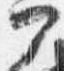
門